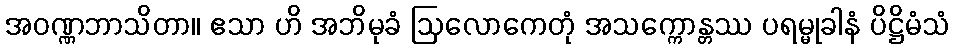
အဝဏ္ဏဘာသိတာ။ ဧသာ ဟိ အဘိမုခံ ဩလောကေတုံ အသက္ကောန္တဿ ပရမ္မုခါနံ ပိဋ္ဌိမံသံ